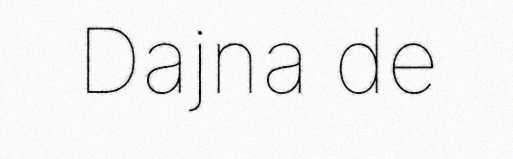
Dajna de